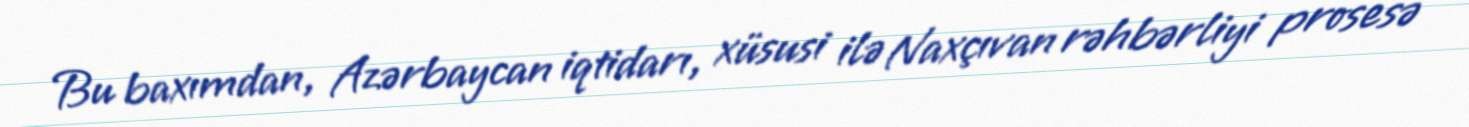
Bu baxımdan, Azərbaycan iqtidarı, xüsusi ilə Naxçıvan rəhbərliyi prosesə